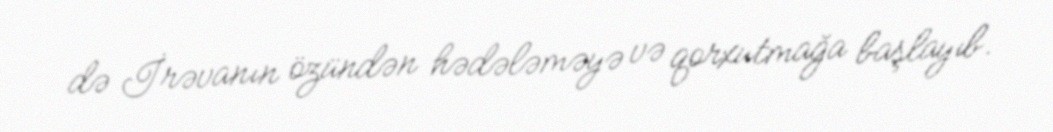
də İrəvanın özündən hədələməyə və qorxutmağa başlayıb.